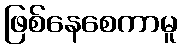
ဖြစ်နေစေကာမူ